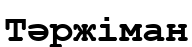
Тәржіман